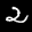
Label: 2